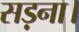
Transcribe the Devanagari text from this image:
सड़ना।